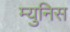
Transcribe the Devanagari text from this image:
म्युनिस